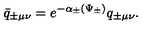
\bar { q } _ { \pm \mu \nu } = e ^ { - \alpha _ { \pm } ( \Psi _ { \pm } ) } q _ { \pm \mu \nu } .